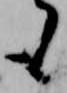
も